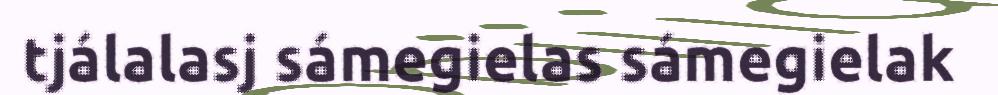
tjálalasj sámegielas sámegielak